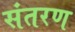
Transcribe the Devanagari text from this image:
संतरण